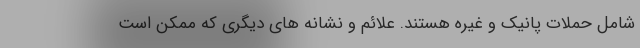
شامل حملات پانیک و غیره هستند. علائم و نشانه های دیگری که ممکن است